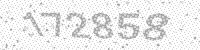
Solution: 172858